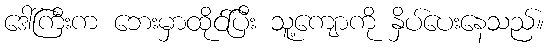
ဒေါ်ကြီးက ဘေးမှာထိုင်ပြီး သူ့ကျောကို နှိပ်ပေးနေသည်။